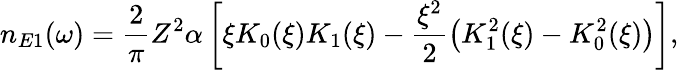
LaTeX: n_{E1}(\omega)=\frac{2}{\pi}Z^{2}\alpha\left[\xi K_{0}(\xi)K_{1}(\xi)-\frac{\xi^{2}}{2}\left(K_{1}^{2}(\xi)-K_{0}^{2}(\xi)\right)\right],